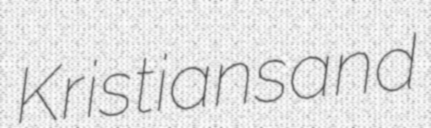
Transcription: Kristiansand